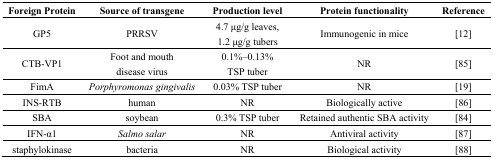
<table><thead><tr><td><b>Foreign Protein</b></td><td><b>Source of transgene</b></td><td><b>Production level</b></td><td><b>Protein functionality</b></td><td><b>Reference</b></td></tr></thead><tbody><tr><td>GP5</td><td>PRRSV</td><td>4.7 μg/g leaves, 1.2 μg/g tubers</td><td>Immunogenic in mice</td><td>[12]</td></tr><tr><td>CTB-VP1</td><td>Foot and mouth disease virus</td><td>0.1%–0.13% TSP tuber</td><td>NR</td><td>[85]</td></tr><tr><td>FimA</td><td><i>Porphyromonas gingivalis</i></td><td>0.03% TSP tuber</td><td>NR</td><td>[19]</td></tr><tr><td>INS-RTB</td><td>human</td><td>NR</td><td>Biologically active</td><td>[86]</td></tr><tr><td>SBA</td><td>soybean</td><td>0.3% TSP tuber</td><td>Retained authentic SBA activity</td><td>[84]</td></tr><tr><td>IFN-α1</td><td><i>Salmo salar</i></td><td>NR</td><td>Antiviral activity</td><td>[87]</td></tr><tr><td>staphylokinase</td><td>bacteria</td><td>NR</td><td>Biological activity</td><td>[88]</td></tr></tbody></table>